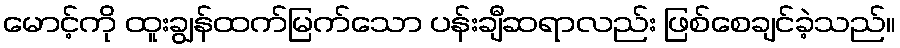
မောင့်ကို ထူးချွန်ထက်မြက်သော ပန်းချီဆရာလည်း ဖြစ်စေချင်ခဲ့သည်။